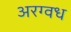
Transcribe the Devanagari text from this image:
अरग्वध